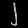
Digit: ၂